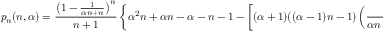
p _ { n } ( n , \alpha ) = \frac { \left( 1 - \frac { 1 } { \alpha n + n } \right) ^ { n } } { n + 1 } \left\{ \alpha ^ { 2 } n + \alpha n - \alpha - n - 1 - \left[ ( \alpha + 1 ) ( ( \alpha - 1 ) n - 1 ) \left( \frac { 1 } { \alpha n + n - 1 } + 1 \right) ^ { n } \right] \right\} .